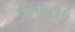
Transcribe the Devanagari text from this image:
वस्त्रासाठी